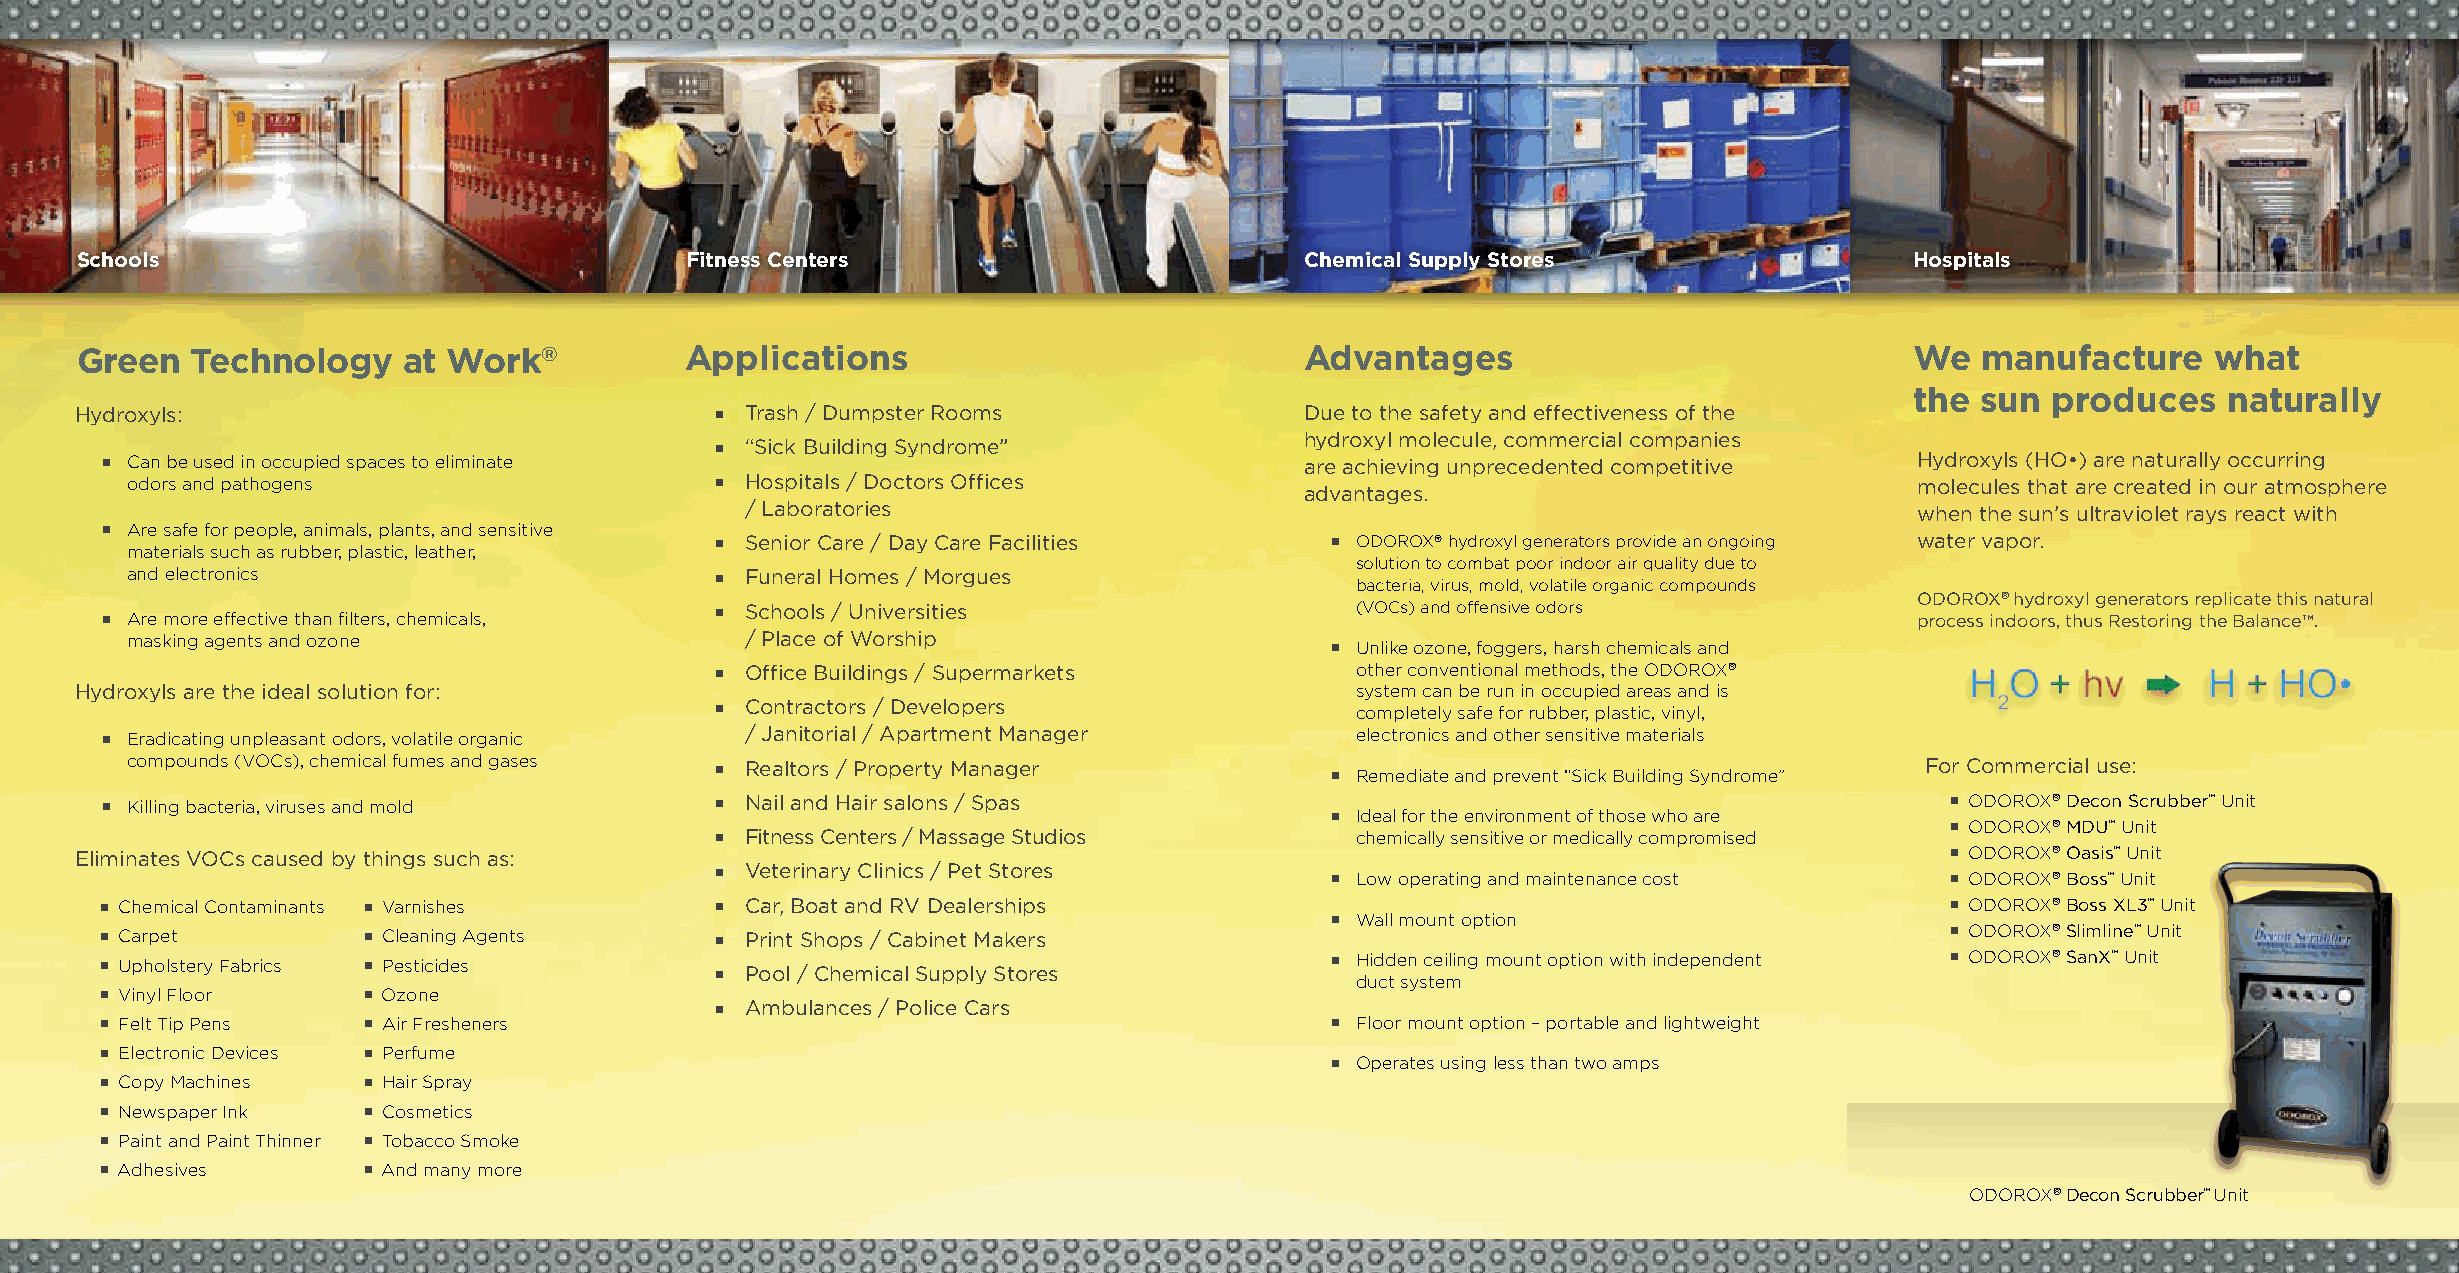
Schools                                  Fitness Centers                          Chemical Supply Stores                  Hospitals
 Green   Technology    at Work®           Applications                            Advantages                               We  manufacture     what
 the sun  produces    naturally
 Hydroxyls:                                  Trash / Dumpster Rooms               Due to the safety and effectiveness of the
 hydroxyl molecule, commercial companies
 “Sick Building Syndrome”
 Can be used in occupied spaces to eliminate                                  are achieving unprecedented competitive  Hydroxyls (HO•) are naturally occurring
 odors and pathogens                     Hospitals / Doctors Offices                                                   molecules that are created in our atmosphere
 advantages.
 / Laboratories                                                                when the sun’s ultraviolet rays react with
 Are safe for people, animals, plants, and sensitive
 Senior Care / Day Care Facilities        ODOROX® hydroxyl generators provide an ongoing water vapor.
 materials such as rubber, plastic, leather,
 solution to combat poor indoor air quality due to
 and electronics                         Funeral Homes / Morgues
 bacteria, virus, mold, volatile organic compounds
 ODOROX® hydroxyl generators replicate this natural
 Schools / Universities                   (VOCs) and offensive odors
 Are more effective than filters, chemicals,                                                                           process indoors, thus Restoring the Balance™.
 masking agents and ozone                / Place of Worship
 Unlike ozone, foggers, harsh chemicals and
 Office Buildings / Supermarkets          other conventional methods, the ODOROX®
 Hydroxyls are the ideal solution for:                                                system can be run in occupied areas and is
 Contractors / Developers
 completely safe for rubber, plastic, vinyl,
 Eradicating unpleasant odors, volatile organic / Janitorial / Apartment Manager  electronics and other sensitive materials
 compounds (VOCs), chemical fumes and gases Realtors / Property Manager
 Remediate and prevent “Sick Building Syndrome”
 For Commercial use:
 Killing bacteria, viruses and mold      Nail and Hair salons / Spas
 Ideal for the environment of those who are
 ODOROX® Decon Scrubber™ Unit
 ODOROX® MDU™ Unit
 Fitness Centers / Massage Studios        chemically sensitive or medically compromised
 Eliminates VOCs caused by things such as:                                                                                    ODOROX® Oasis™ Unit
 Veterinary Clinics / Pet Stores
 Low operating and maintenance cost      ODOROX® Boss™ Unit
 Chemical Contaminants Varnishes          Car, Boat and RV Dealerships
 Wall mount option
 ODOROX® Boss XL3™ Unit
 Carpet           Cleaning Agents         Print Shops / Cabinet Makers                                                     ODOROX® Slimline™ Unit
 Upholstery Fabrics Pesticides                                                     Hidden ceiling mount option with independent ODOROX® SanX™ Unit
 Pool / Chemical Supply Stores
 duct system
 Vinyl Floor      Ozone
 Ambulances / Police Cars
 Felt Tip Pens    Air Fresheners                                                   Floor mount option – portable and lightweight
 Electronic Devices Perfume
 Operates using less than two amps
 Copy Machines    Hair Spray
 Newspaper Ink    Cosmetics
 Paint and Paint Thinner Tobacco Smoke
 Adhesives        And many more
 ODOROX® Decon Scrubber™ Unit
 DLOF                                     DLOF                                     DLOF